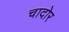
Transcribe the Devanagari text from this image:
चादोर